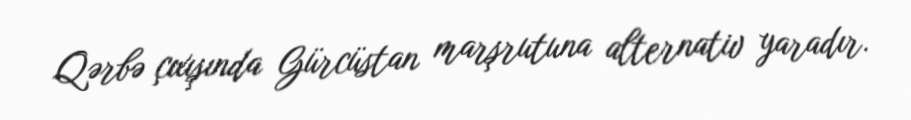
Qərbə çıxışında Gürcüstan marşrutuna alternativ yaradır.